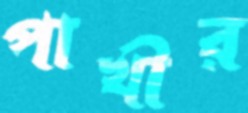
পাখীর